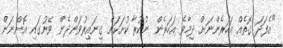
"އެފަދަ ގޮތެއް އަހަރެންނަށް ދިމާވެ އަހަރެން ނުކުރާ ކުށަކަށް ގިނައިރުވަންދެން ވޭނުގައި އޮންނަން